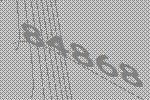
84868